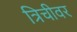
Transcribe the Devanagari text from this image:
त्रिचीवर